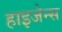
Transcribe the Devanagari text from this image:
हाइजेन्स